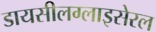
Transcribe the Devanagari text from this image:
डायसीलग्लाइसेरल